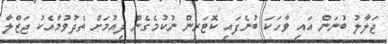
ޖަލާލު ބުނަން އައި ވާހަކަ ބުނެފައި ކޮޓަރިން ނުކުމެގެން ދިއުމަށް ތެދުވުމާއެކު ޖަޒްލާ